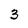
Character: 3